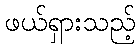
ဖယ်ရှားသည့်